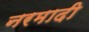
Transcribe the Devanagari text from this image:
नरमादी